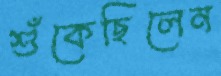
শুঁকেছিলেন